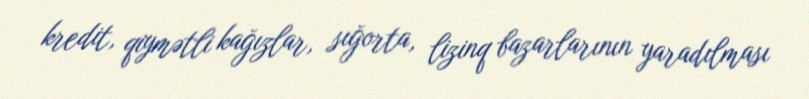
kredit, qiymətli kağızlar, sığorta, lizinq bazarlarının yaradılması